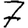
Digit: 7